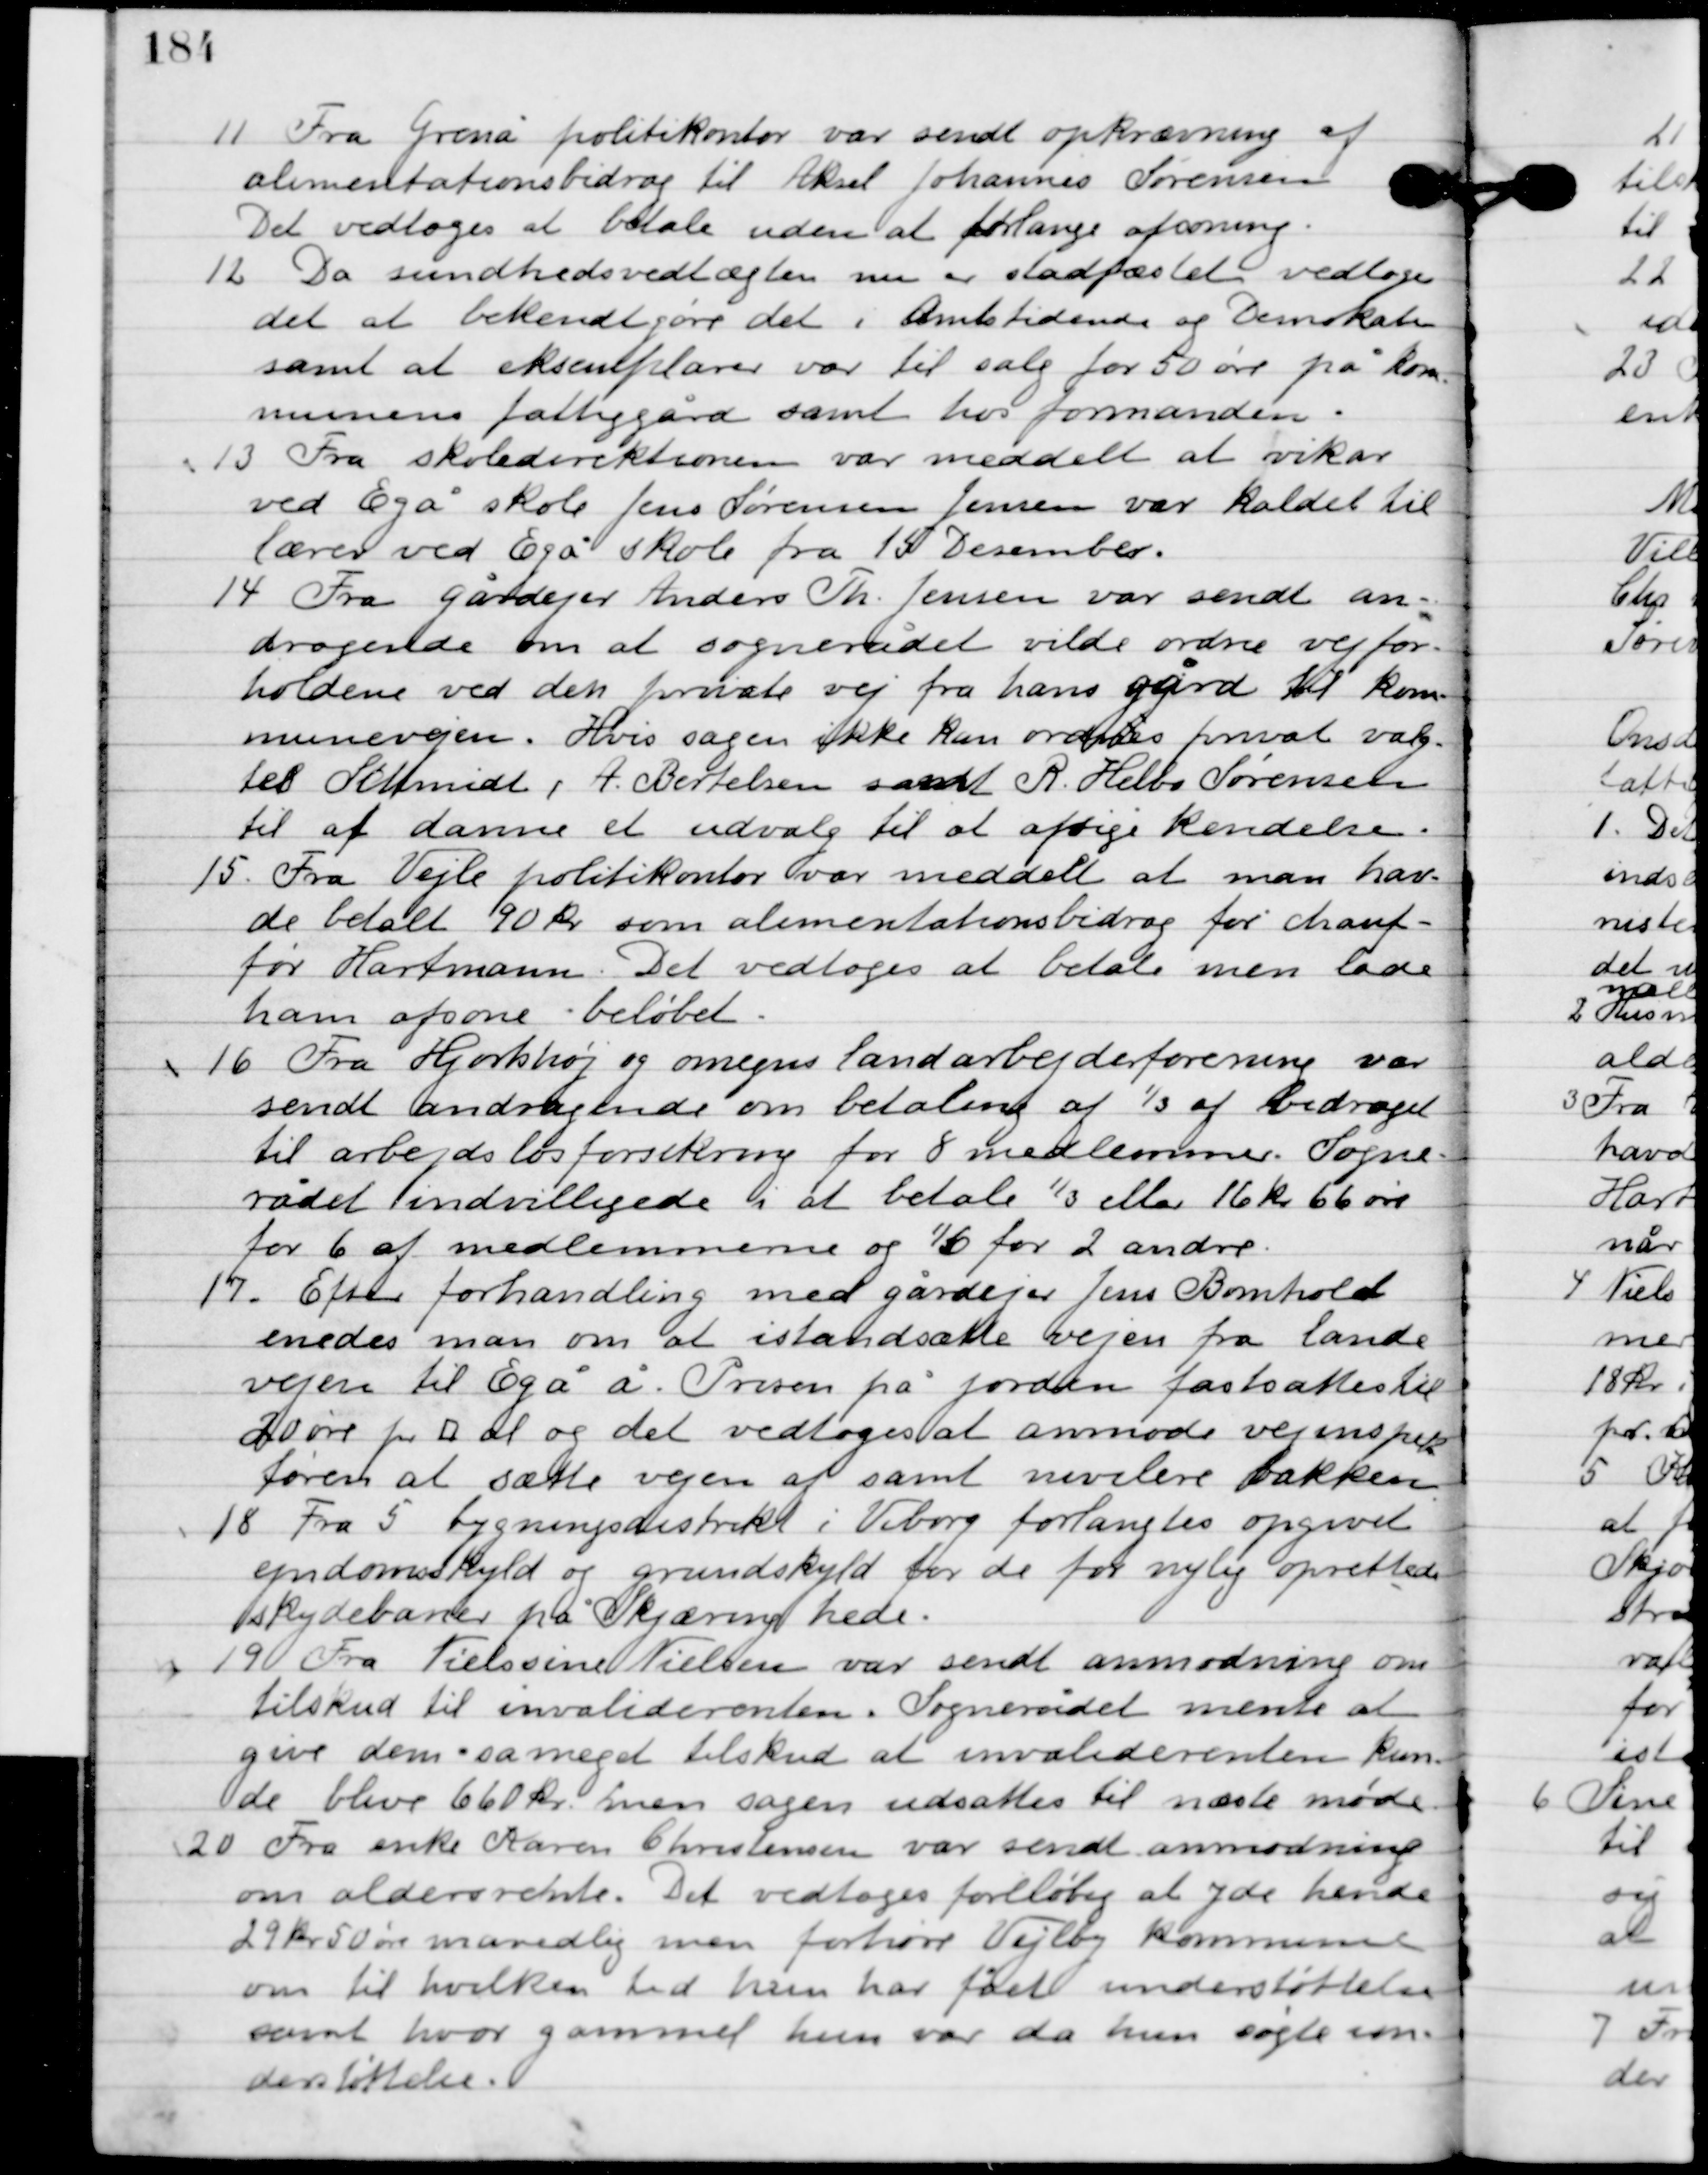
Transskription:
11

Fra Grenå politikontor var sendt opkrævning af
alimentationsbidrag til Aksel Johannes Sørensen.
Det vedtoges at betale uden at forlange afsoning.

12

Da sundhedsvedtægten nu er stadfæstet vedtoges
det at bekendtgøre det i amtstidende og demokraten
samt at eksemplarer var til salg for 50 øre på kom-
munens fattiggård samt hos formanden.

13

Fra skoledirektionen var meddelt at vikar
ved Egå skole Jens Sørensen Jensen var kaldet til
lærer ved Egå skole fra 15 Desember.

14

Fra gårdejer Anders Th. Jensen var sendt an-
dragende om at sognerådet vilde ordne vejrfor-
holdene ved den private vej fra hans gård til kom-
munevejen. Hvis sagen ikke kan ordnes privat valg-
tes Schmidt, A. Bertelsen samt R. Helbo Sørensen
til at danne et udvalg til at afsige kendelse.

15

Fra Vejle politikontor var meddelt at man hav-
de betalt 90 kr. som alimentationsbidrag for chauf-
før Hartmann. Det vedtoges at betale men lade
ham afsone beløbet.

16

Fra Hjortshøj og omegnes landarbejderforening var
sendt andragende om betaling af 1/3 af bidraget
til arbejdsløshedsforsikring for 8 medlemmer. Sogne-
rådet indvilligede i at betale 1/3 eller 16 kr. 66 øre
 for 6 af medlemmerne og 1/6 for 2 andre.

17

Efter forhandling med gårdejer Jens Bomholt
enedes man om at istandsætte vejen fra lande-
vejen til Egå. Prisen på jorden fastsattes til
20 øre for A el og det vedtoges at anmode vejinspek-
tøren at sætte vejen af samt nivellere bakken.

18

Fra 5. bygningsdistrikt i Viborg forlangtes opgivet
 ejendomsskyld og grundskyld for de for nylig oprettede
skyldebarer på Skjæring hede.

19

Fra Nielsine Nielsen var sendt anmodning om
tilskud til invaliderenten. Sognerådet mente at
give dem så meget tilskud til invalidrenten kun-
ne blive 660 kr. men sagen udsattes til næste møde.

20

Fra enke Karen Christensen var sendt anmodning
om aldersrente. Det vedtoges foreløbig at yde hende
29 kr. 50 øre månedlig men forhøre Vejby kommune
om til hvilken tid hun har fået understøttelsen
samt hvor gammel hun var da hun søgte un-
derstøttelse.